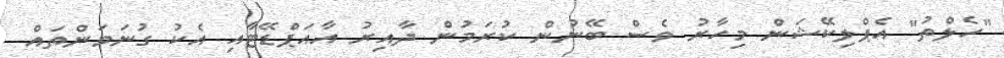
"ހެލްތު" އެޕްލިކޭޝަން މިހާރު ވެސް ބޭނުން ކުރަމުން ދާއިރު އާއަޕްޑޭޓާއި އެކު ގުނަވަންތައް